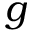
g